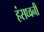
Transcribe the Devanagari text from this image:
हंसध्वनी